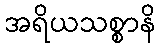
အရိယသစ္စာနိ